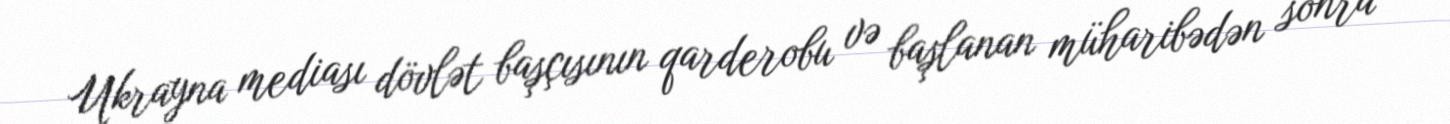
Ukrayna mediası dövlət başçısının qarderobu və başlanan müharibədən sonra